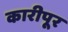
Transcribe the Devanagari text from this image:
कारीपूर